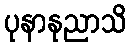
ပုနာနုညာသိ